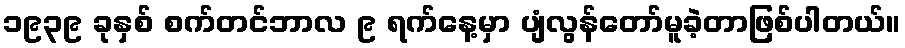
၁၉၃၉ ခုနှစ် စက်တင်ဘာလ ၉ ရက်နေ့မှာ ပျံလွန်တော်မူခဲ့တာဖြစ်ပါတယ်။